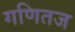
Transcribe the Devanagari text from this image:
गणितज